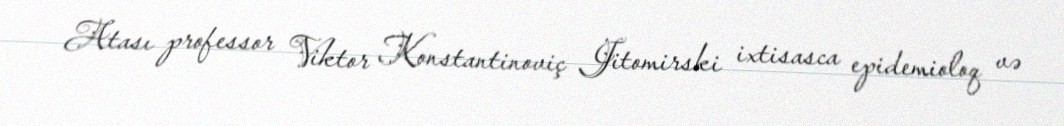
Atası professor Viktor Konstantinoviç Jitomirski ixtisasca epidemioloq və